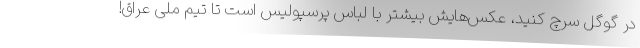
در گوگل سرچ کنید، عکس‌هایش بیشتر با لباس پرسپولیس است تا تیم ملی عراق!